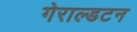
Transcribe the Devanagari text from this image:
गेराल्डटन